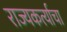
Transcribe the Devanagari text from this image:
राज्यकर्त्याचा